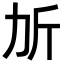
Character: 𣂒